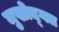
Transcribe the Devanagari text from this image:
मुखोद्गत